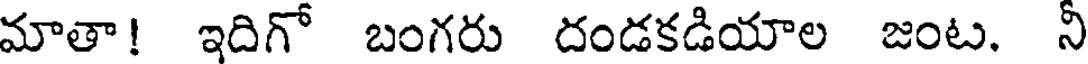
మాతా! ఇదిగో బంగరు దండకడియాల జంట. న